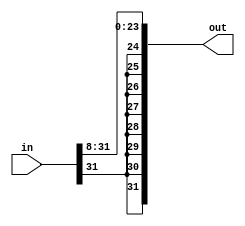
module sra8(out,in);
	input[31:0] in;
	output[31:0] out;
	
	genvar c;
	
	generate
		for (c = 8; c <= 31; c = c + 1) begin: loop1
			assign out[c-8] = in[c];
		end
	endgenerate
	
	genvar d;
	
	generate
		for (d = 24; d < 32; d = d + 1) begin: loop2
			assign out[d] = in[31];
		end
	endgenerate
	

endmodule